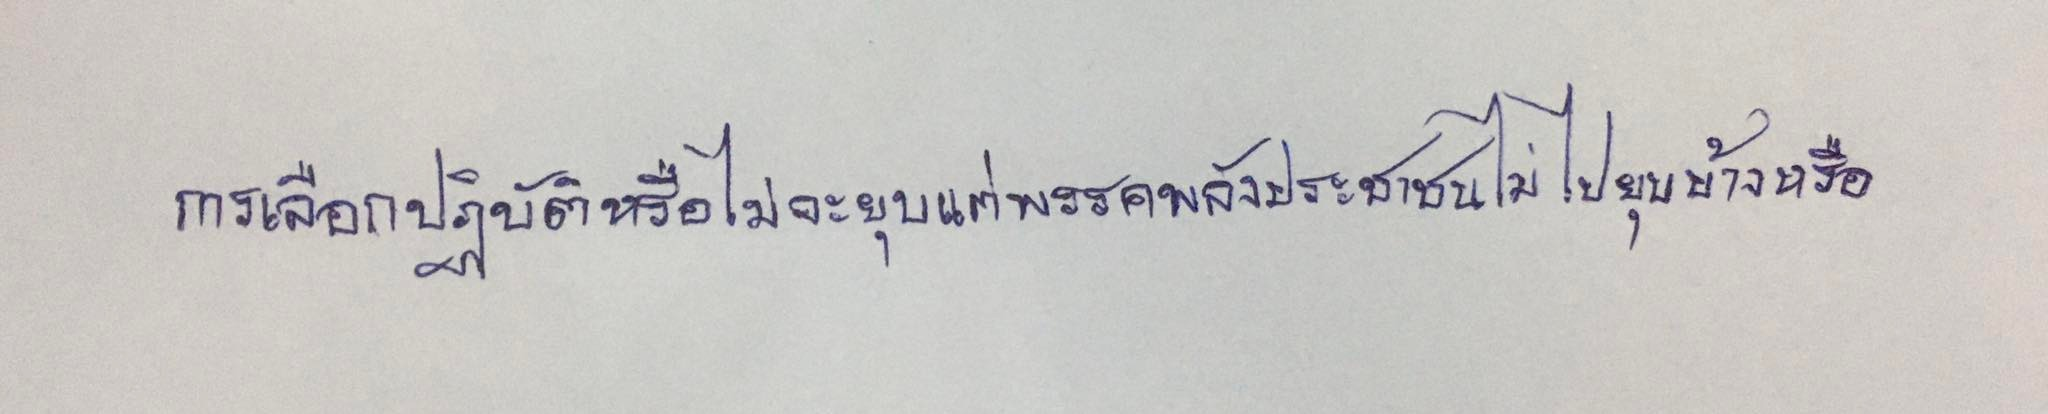
การเลือกปฏิบัติหรือไม่จะยุบแต่พรรคพลังประชาชนไม่ไปยุบบ้างหรือ